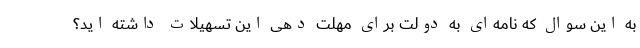
به این سوال که نامه‌ای به دولت برای مهلت دهی این تسهیلات داشته اید؟